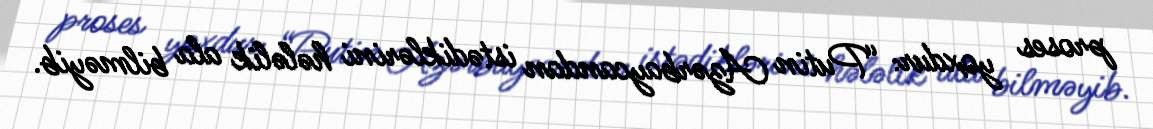
proses yoxdur: “Putin Azərbaycandan istədiklərini hələlik ala bilməyib.